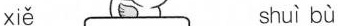
xiě shuì bù